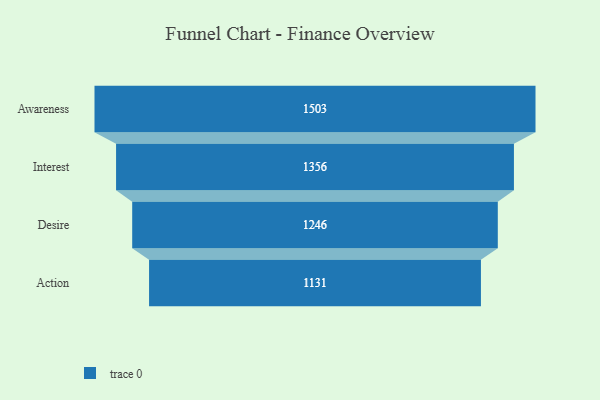
{"axis": {"x": "Stage", "y": "Value"}, "legend": [""], "data": [{"x": "Awareness", "y": 1503.0, "type": ""}, {"x": "Interest", "y": 1356.0, "type": ""}, {"x": "Desire", "y": 1246.0, "type": ""}, {"x": "Action", "y": 1131.0, "type": ""}]}